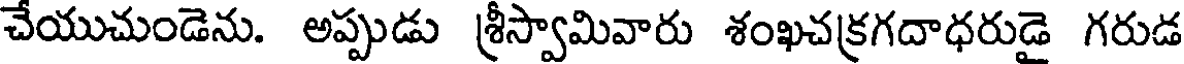
చేయుచుండెను. అప్పుడు శ్రీస్వామివారు శంఖచక్రగదాధరుడై గరుడ